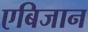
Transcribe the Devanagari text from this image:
एबिजान